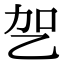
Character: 乫